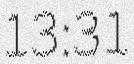
13:31